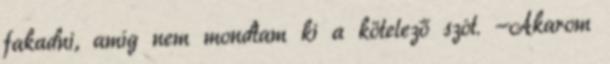
fakadni, amíg nem mondtam ki a kötelező szót. -Akarom